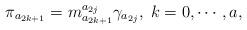
LaTeX: \begin{align*}\pi _{a_{2k+1}}=m_{a_{2k+1}}^{a_{2j}}\gamma _{a_{2j}},\;k=0,\cdots ,a,\end{align*}